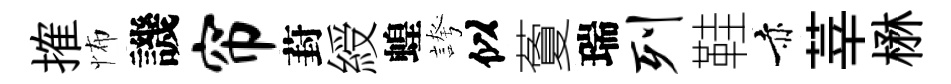
搉怖譏帘葑綬蝗誇似藑瑞列鞋赤莘楙